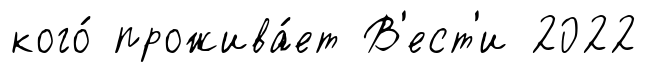
кого́ прожива́ет В'ест'и 2022